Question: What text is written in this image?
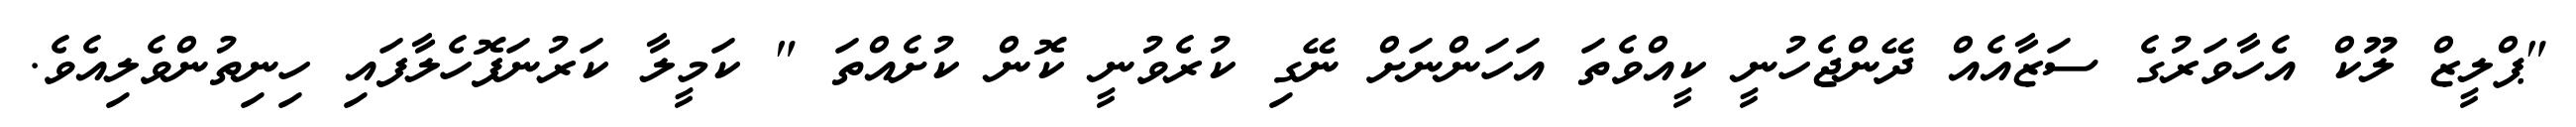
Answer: "ޕްލީޒް ލޫކް އެހާވަރުގެ ސަޒާއެއް ދޭންޖެހުނީ ކީއްވެތަ އަހަންނަށް ނޭގި ކުރެވުނީ ކޮން ކުށެއްތަ " ކަމީލާ ކަރުނަފޮހެލާފައި ހިނިތުންވެލިއެވެ.